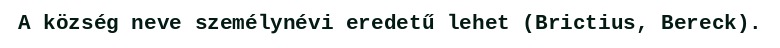
A község neve személynévi eredetű lehet (Brictius, Bereck).